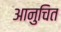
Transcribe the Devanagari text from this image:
आनुचित